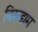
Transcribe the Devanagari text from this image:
निरूद्यम